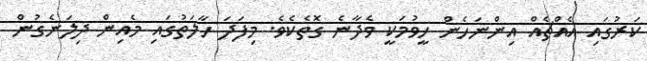
ކަރުގައި އެއްޗެއް އިންނަހެން ހީވުމަކީ ވެދާނެ ގޮތެކެވެ. މިފަދަ ހާލަތުގައި މެއިން ދިލަނެގުން